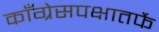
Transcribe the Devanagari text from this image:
काँग्रेसपक्षातर्फे